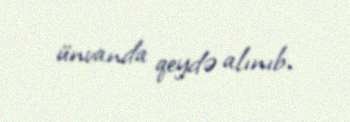
ünvanda qeydə alınıb.